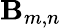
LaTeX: \mathbf{B}_{m,n}